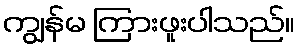
ကျွန်မ ကြားဖူးပါသည်။